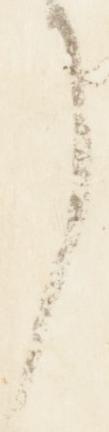
了